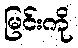
မြင်းကို